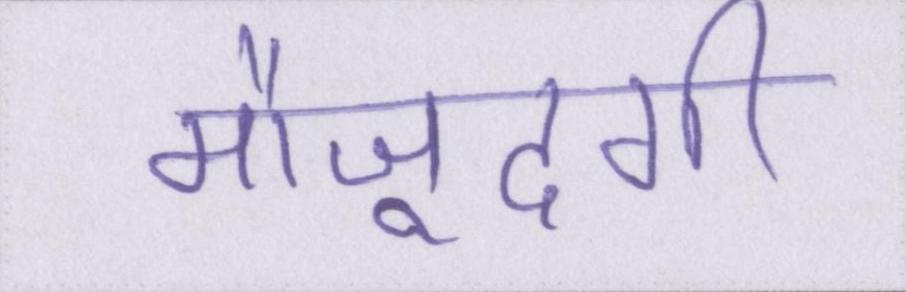
मौजूदगी